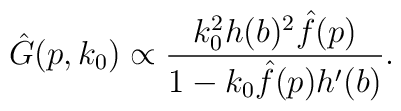
\hat{G}(p, k_0) \propto{ k_0^2 h(b)^2 \hat{f}(p) \over 1 - k_0 \hat{f}(p)h'(b)}.